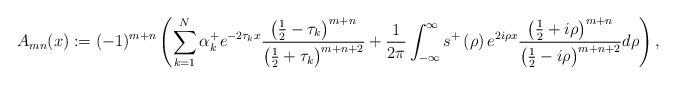
LaTeX: \begin{align*}A_{mn}(x):=(-1)^{m+n}\left( \sum_{k=1}^{N}\alpha_{k}^{+}e^{-2\tau_{k}x}\frac{\left( \frac{1}{2}-\tau_{k}\right) ^{m+n}}{\left( \frac{1}{2}+\tau_{k}\right) ^{m+n+2}}+\frac{1}{2\pi}\int_{-\infty}^{\infty}s^{+}\left(\rho\right) e^{2i\rho x}\frac{\left( \frac{1}{2}+i\rho\right) ^{m+n}}{\left( \frac{1}{2}-i\rho\right) ^{m+n+2}}d\rho\right) , \end{align*}